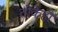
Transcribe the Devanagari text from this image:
तोकेही